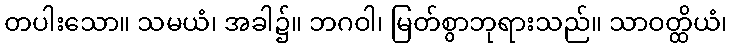
တပါးသော။ သမယံ၊ အခါ၌။ ဘဂဝါ၊ မြတ်စွာဘုရားသည်။ သာဝတ္ထိယံ၊